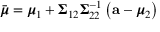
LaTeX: { \bar { \boldsymbol { \mu } } } = { \boldsymbol { \mu } } _ { 1 } + { \boldsymbol { \Sigma } } _ { 1 2 } { \boldsymbol { \Sigma } } _ { 2 2 } ^ { - 1 } \left( \mathbf { a } - { \boldsymbol { \mu } } _ { 2 } \right)